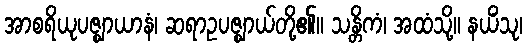
အာစရိယုပဇ္ဈာယာနံ၊ ဆရာဥပဇ္ဈာယ်တို့၏။ သန္တိကံ၊ အထံသို့။ နယိံသု၊